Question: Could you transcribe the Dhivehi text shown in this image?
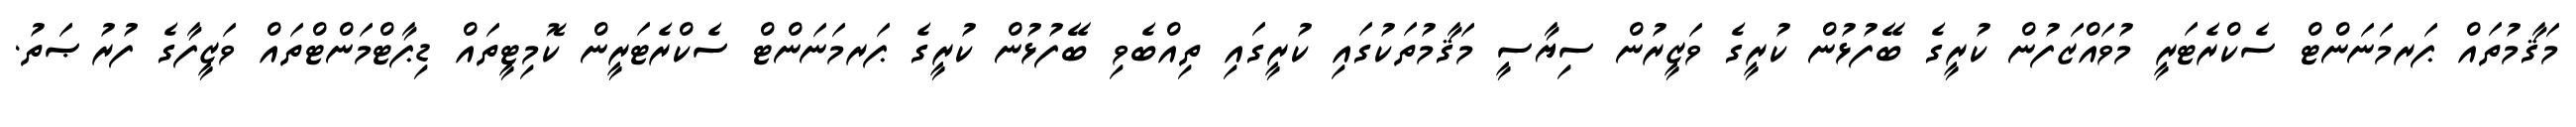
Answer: މަޤާމުތައް ޕަރމަނަންޓް ސެކްރެޓަރީ މުވައްޒަފުން ކުރީގެ ބޭފުޅުން ކުރީގެ ވަޒީރުން ސިޔާސީ މަޤާމުތަކުގައި ކުރީގައި ތިއްބެވި ބޭފުޅުން ކުރީގެ ޕަރމަނަންޓް ސެކްރެޓަރީން ކޮމިޓީތައް ޑިޕާޓްމަންޓްތައް ވަޒީފާގެ ފުރުޞަތު.